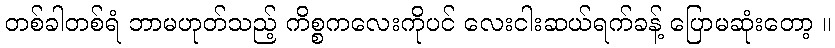
တစ်ခါတစ်ရံ ဘာမဟုတ်သည့် ကိစ္စကလေးကိုပင် လေးငါးဆယ်ရက်ခန့် ပြောမဆုံးတော့ ။